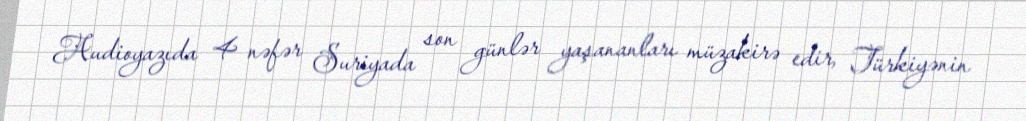
Audioyazıda 4 nəfər Suriyada son günlər yaşananları müzakirə edir, Türkiyənin